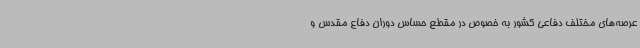
عرصه‌های مختلف دفاعی کشور به خصوص در مقطع حساس دوران دفاع مقدس و